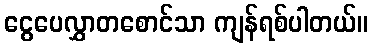
ငွေပေလွှာတစောင်သာ ကျန်ရစ်ပါတယ်။